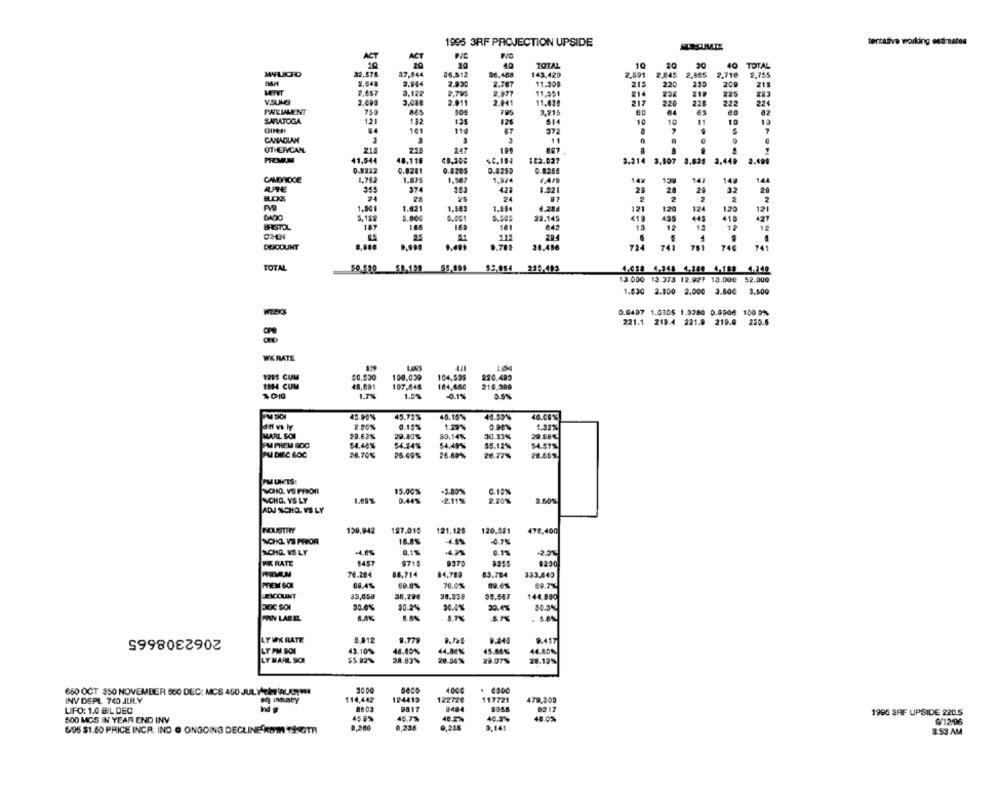
1995 3RF PROJECTION UPSIDE
tentative working estimates
ACT
ACT
40
TOTAL
20
40
TOTAL
10
2,845
MARLBORO
32.578
37,844
35.512
80.458
143,420
2,591
2,885
2,710
2,755
BAH
2.648
2.944
2.930
2.767
11.305
213
200
215
MENT
2.657
0,122
2,795
2.977
11.551
Y.SULB
3,08€
2.011
2.041
11.626
220
222
PAIEMENT
750
50g
3.715
SARATOGA
13
132
128
514
10
10
141
138
13
67
37
7
7
CANADIAN
11
OTHERVCAN
21
211
247
887
41,544
48,119
4C.194
122.027
3.314 3,507 3.820 3.440 3.690
0.8212
0.8241
0.8205
0.4259
0.8254
CAMBRIDGE
1,762
1.825
1.567
1,974
14
14]
140
ARNE
35
374
42:
6.521
20
BLOS
2
32
29
1.80
1.621
121
120
124
120
121
5,188
5.50:
23.145
435
43
427
BISSTOL
18
188
181
12
11
DEICOUNT
4
38.456
74€
TOTAL
55,199
$5,054
4.038 4.348 4.380 4-189 4.348
$2.000
13.000 13.373 12.927 13.000
1.630 2.800 2.000 3.600
3.500
0.9497 1.0305 1.0280 0.9900 100.0%
221.1 219.4 221.9 219.9
220.6
WK RATE
139
1215 CUM
$0,530
100.039
104,539
220.493
11H CUM
107,548
184,660
216.399
1.7%
-0.15
45.90%
45.75%
40,15%
48.50%
40.08%
2.06%
0.15%
1.29%
0.90%
1.32%
MARL SON
20.63%
29.80%
80.14%
30.33%
29.08%
PM PHEM BOC
54,48%
54.34%
54.49%
55.12%
54.57%
28.70%
28.69%
26.89%
26.77%
28.55%
PM UNITS:
15.00%
NCHG. YS LY
1.69%
0.10%
0.60%
ADJ SCHO. VS LY
159,942
187.010
121,125
120,321
478,400
NOHKL VS PRIOR
16.8%
-4,8%
-0.7%
ACHO. VS LY
0.1%
.4.2%
0.1%
25%
WK RATE
#457
9715
9370
9200
76.284
88,714
84.789
83.784
333,642
PREM SON
68.4%
69.8%
70.0%
89.6%
69.7%
ENCOUNT
33,058
38,79€
38.238
38.547
144,890
pc sol
30.0%
30.2%
30.0%
30.411
PAN LABEL
6.8%
8.AN
5.7%
5.7%
2062308665
LYWK RATE
8.912
9.779
9.240
9.417
LY PM BOI
43.10%
46.80%
44.86%
45.46%
44.80%
LY MARL SOI
$5.92%
28.83%
28.56%
29.07%
28.19%
4000
650 OCT 350 NOVEMBER 500 DEC: MCS 450 JUL YAeine RLY !!!
. 4800
INV DEPL 740 JULY
$14,442
124415
122720
117721
479.200
LIFO: 1.0 BIL DEC
8803
9484
02 17
1995 3AF UPSIDE 220.5
500 MGS IN YEAR END INV
45.0%
45.7%
40.3%
40.0%
6/12/96
6,235
0,141
6/95 $1.80 PRICE INCR; IND @ ONGOING DEGLINE KOM THOTH
3:53 AM